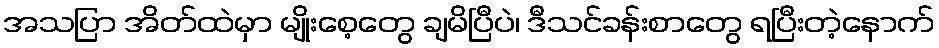
အသပြာ အိတ်ထဲမှာ မျိုးစေ့တွေ ချမိပြီပဲ၊ ဒီသင်ခန်းစာတွေ ရပြီးတဲ့နောက်